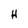
Character: H